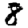
Digit: 8